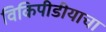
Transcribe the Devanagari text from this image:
विकिपीडीयाचा